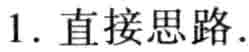
1. 直接思路.